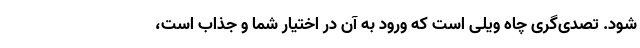
شود. تصدی‌گری چاه ویلی است که ورود به آن در اختیار شما و جذاب است،